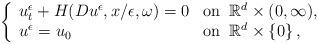
LaTeX: \begin{align*} \left\{\begin{array}{ll} u^\epsilon_t+H(Du^\epsilon,x/\epsilon,\omega)=0 & \textrm{on}\;\;\mathbb{R}^d\times(0,\infty), \\ u^\epsilon=u_0 & \textrm{on}\;\;\mathbb{R}^d\times\left\{0\right\},\end{array}\right.\end{align*}